Leaving Certificate Examination, 1920, 1920
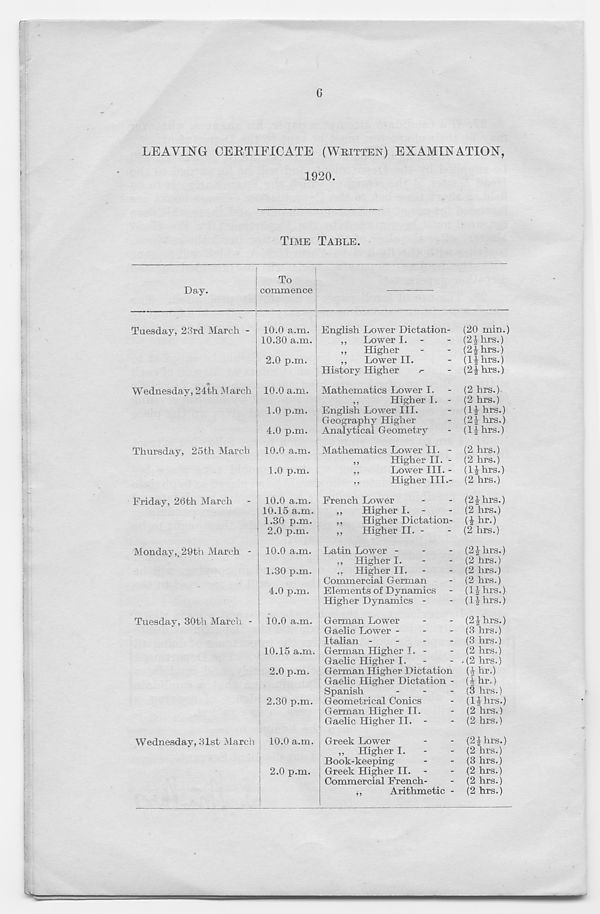
LEAVING CERTIFICATE (WRITTEN) EXAMINATION,
1920.
Day.
Tuesday, 23rd March -
Wednesday, 24th March
Thursday, 25th March
Friday, 26th March
Monday,, 29th March -
Tuesday, 30th March -
Wednesday, 31st March
TIME TABLE.
To
commence
10.0 a.m.
10.30 a.m.
2.0 p.m.
10.0 a.m.
1.0 p.m.
4.0 p.m.
10.0 a.m.
1.0 p.m.
10.0 a.m.
10.15 a.m.
1.30 p.m.
2.0 p.m.
10.0 a.m.
1.30 p.m.
4.0 p.m.
10.0 a.m.
10.15 a.m.
2.0 p.m.
2.30 p.m.
10.0 a.m. j
2.0 p.m.
English Lower Dictation-
,,
Lower I. -
„
Higher
,,
Lower II.
History Higher
/-
Mathematics Lower I.
,,
Higher I. -
English Lower III.
Geography Higher
Analytical Geometry
Mathematics Lower II. -
,,
Higher II. -
,,
Lower III. -
,,
Higher III.-
French Lower
,,
Higher I. -
,,
Higher Dictation-
,,
Higher II. -
Latin Lower -
-
-
,, Higher I.
-
-
,, Higher II.
Commercial German
Elements of Dynamics
Higher Dynamics -
German Lower
Gaelic Lower -
-
-
Italian -
-
-
-
German Higher I. -
Gaelic Higher I.
German Higher Dictation
Gaelic Higher Dictation -
Spanish
-
-
-
Geometrical Conics
German Higher II.
Gaelic Higher II. -
Greek Lower
,, Higher I.
-
-
Book-keeping
Greek Higher II. -
Commercial French-
,,
Arithmetic -
(20 min.)
(2£hrs.)
(2|hrs.)
(Hhrs.)
(2ihrs.)
(2 hrs.)
(2 hrs.)
(1£ hrs.)
(24 hrs.)
(if hrs.)
(2 hrs.)
(2 hrs.)
(14 hrs.)
(2 hrs.)
(24 hrs.)
(2 hrs.)
(i hr.)
(2 hrs.)
(24 hrs.)
(2 hrs.)
(2 hrs.)
(2 hrs.)
(14 hrs.)
(if hrs.)
(24 hrs.)
(3 hrs.)
(3 hrs.)
(2 hrs.)
.(2 hrs.)
(4 hr.)
(4 hr.)
(3 hrs.)
(14 hrs.)
(2 hrs.)
(2 hrs.)
(24 hrs.)
(2 hi's.)
(3 hrs.)
(2 hrs.)
(2 hrs.)
(2 hrs.)